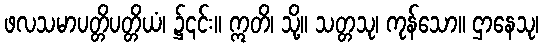
ဖလသမာပတ္တိပတ္တိယံ၊ ၌၎င်း။ ဣတိ၊ သို့။ သတ္တသု၊ ကုန်သော။ ဌာနေသု၊